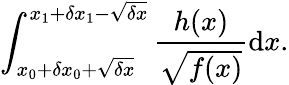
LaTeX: \int_{x_{0}+\delta x_{0}+\sqrt{\delta x}}^{x_{1}+\delta x_{1}-\sqrt{\delta x}}\frac{h(x)}{\sqrt{f(x)}}\mathrm{d}x.